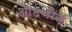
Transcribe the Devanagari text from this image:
ओढणीत